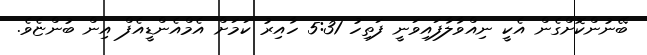
ބޭނުންކޮށްގެން އެކީ ނިއްވާލާފައިވަނީ ފަތިހު 5:31 ހާއިރު ކަމަށް އެމްއެންޑީއެފް އިން ބުންޏެވެ.